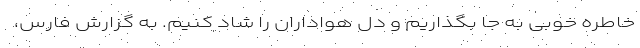
خاطره خوبی به جا بگذاریم و دل هواداران را شاد کنیم. به گزارش فارس،